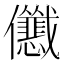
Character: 𱏢